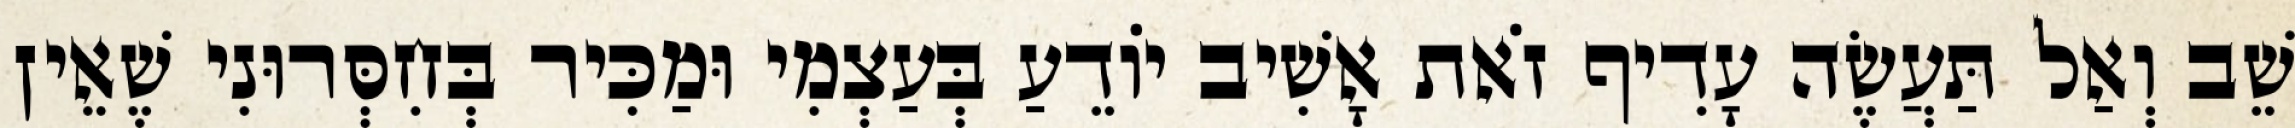
שֵׁב וְאַל תַּעֲשֶׂה עָדִיף זֹאת אָשִׁיב יוֹדֵעַ בְּעַצְמִי וּמַכִּיר בְּחִסְּרוּנִי שֶׁאֵין